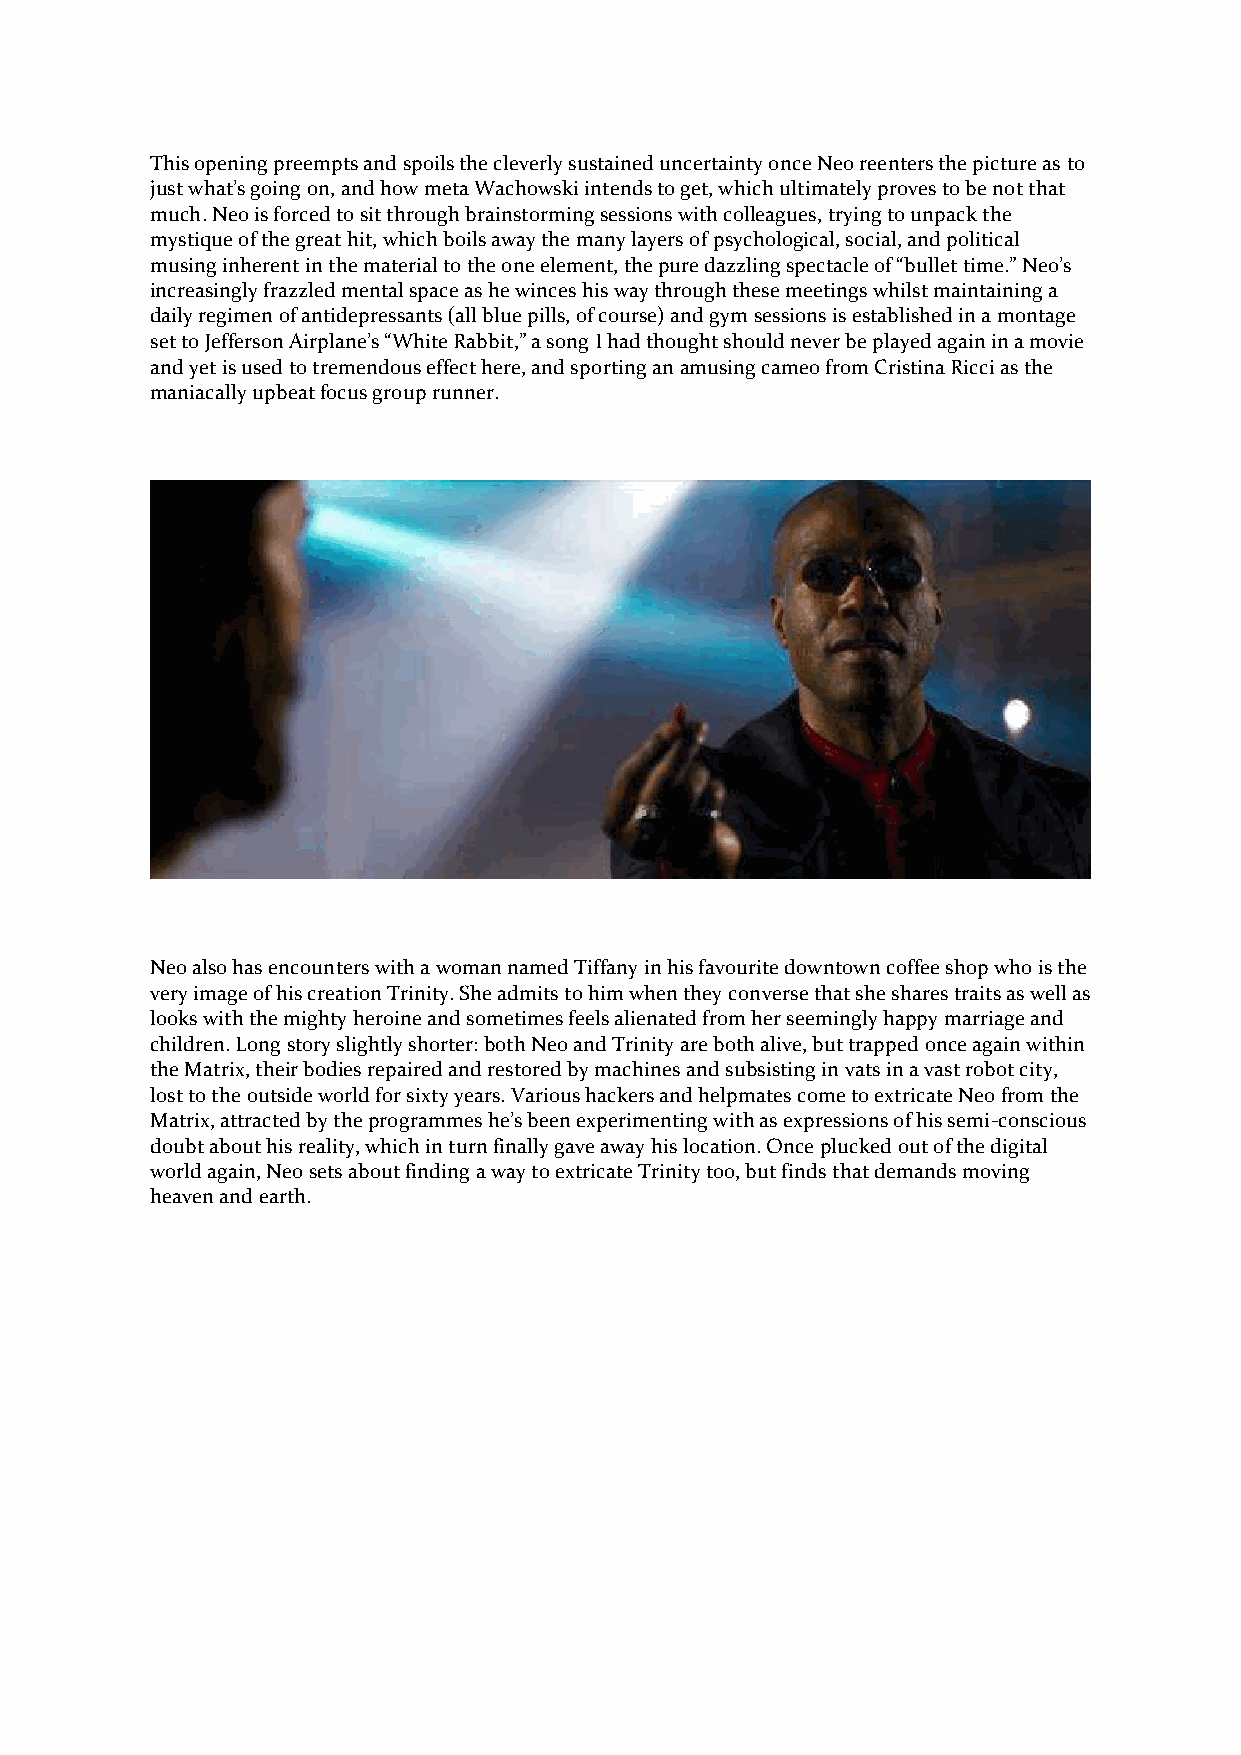
This opening preempts and spoils the cleverly sustained uncertainty once Neo reenters the picture as to
 just what’s going on, and how meta Wachowski intends to get, which ultimately proves to be not that
 much. Neo is forced to sit through brainstorming sessions with colleagues, trying to unpack the
 mystique of the great hit, which boils away the many layers of psychological, social, and political
 musing inherent in the material to the one element, the pure dazzling spectacle of “bullet time.” Neo’s
 increasingly frazzled mental space as he winces his way through these meetings whilst maintaining a
 daily regimen of antidepressants (all blue pills, of course) and gym sessions is established in a montage
 set to Jefferson Airplane’s “White Rabbit,” a song I had thought should never be played again in a movie
 and yet is used to tremendous effect here, and sporting an amusing cameo from Cristina Ricci as the
 maniacally upbeat focus group runner.
 Neo also has encounters with a woman named Tiffany in his favourite downtown coffee shop who is the
 very image of his creation Trinity. She admits to him when they converse that she shares traits as well as
 looks with the mighty heroine and sometimes feels alienated from her seemingly happy marriage and
 children. Long story slightly shorter: both Neo and Trinity are both alive, but trapped once again within
 the Matrix, their bodies repaired and restored by machines and subsisting in vats in a vast robot city,
 lost to the outside world for sixty years. Various hackers and helpmates come to extricate Neo from the
 Matrix, attracted by the programmes he’s been experimenting with as expressions of his semi-conscious
 doubt about his reality, which in turn finally gave away his location. Once plucked out of the digital
 world again, Neo sets about finding a way to extricate Trinity too, but finds that demands moving
 heaven and earth.